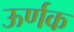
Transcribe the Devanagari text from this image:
ऊर्णक